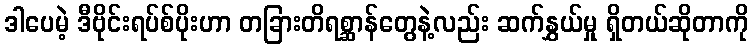
ဒါပေမဲ့ ဒီဗိုင်းရပ်စ်ပိုးဟာ တခြားတိရစ္ဆာန်တွေနဲ့လည်း ဆက်နွှယ်မှု ရှိတယ်ဆိုတာကို